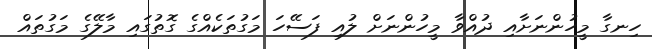
ހިނގާ މީހުންނަށާއި ދުއްވާ މީހުންނަށް ލުއި ފަސޭހަ މަގުތަކެއްގެ ގޮތުގައި މާލޭގެ މަގުތައް